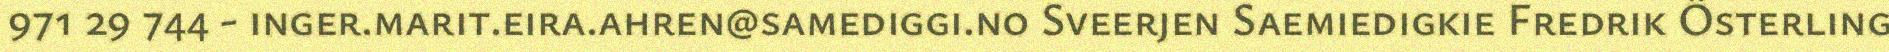
971 29 744 - inger.marit.eira.ahren@samediggi.no Sveerjen Saemiedigkie Fredrik Österling